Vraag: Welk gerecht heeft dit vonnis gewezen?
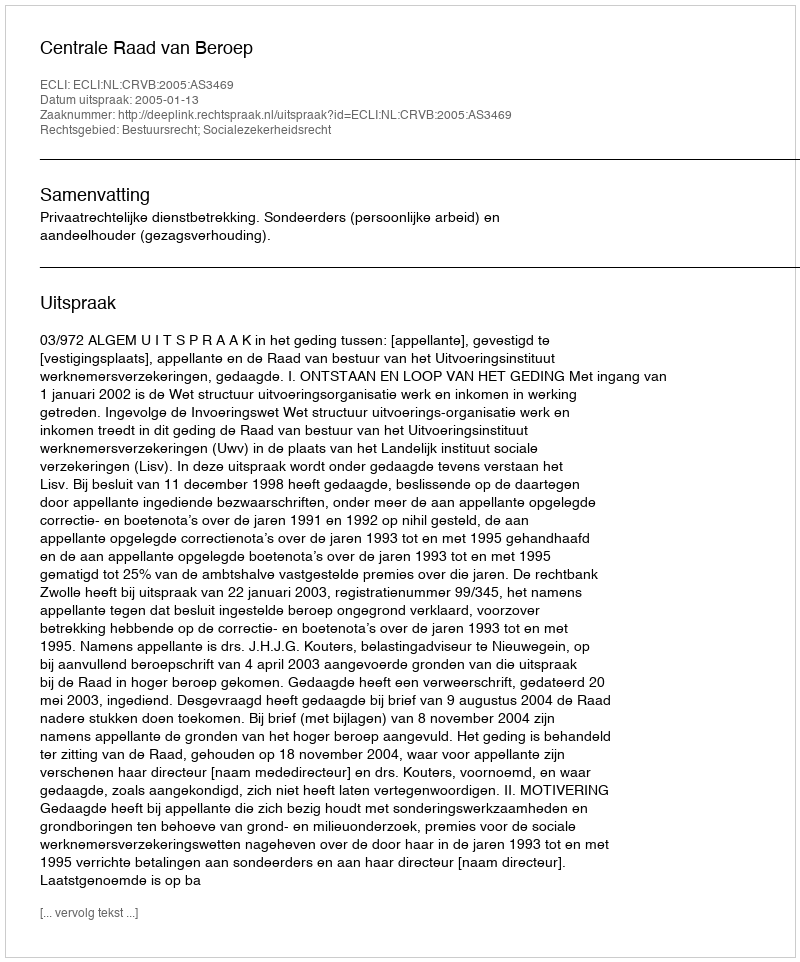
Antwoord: Centrale Raad van Beroep